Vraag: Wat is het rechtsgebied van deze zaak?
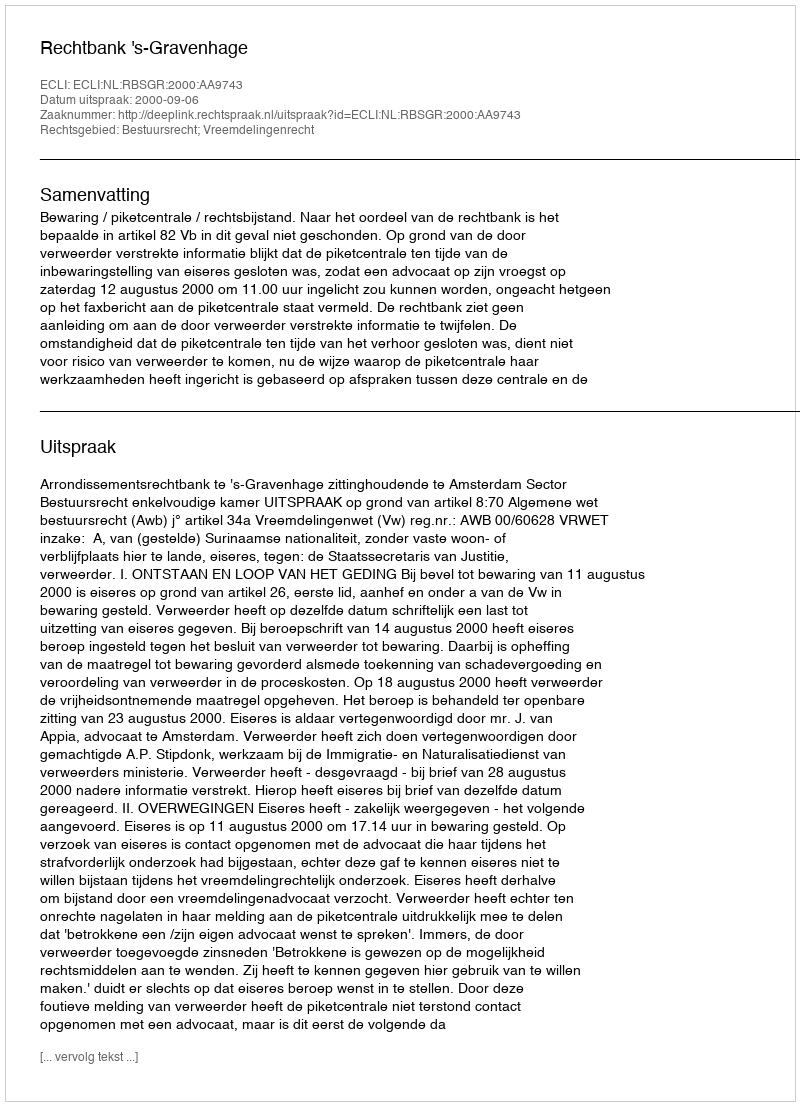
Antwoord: Bestuursrecht; Vreemdelingenrecht